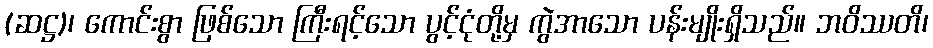
(ဆဋ္ဌ)၊ ကောင်းစွာ ဖြစ်သော ကြီးရင့်သော ပွင့်ငုံတို့မှ ကွဲအာသော ပန်းမျိုးရှိသည်။ ဘဝိဿတိ၊